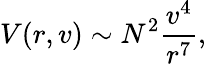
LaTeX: V(r,v)\sim N^{2}\frac{v^{4}}{r^{7}},